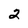
Character: 2